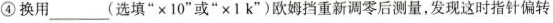
④换用___(选填“×10”或”×1k”)欧姆挡重新调零后测量，发现这时指针偏转